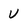
Character: u